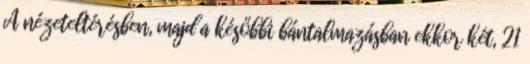
A nézeteltérésben, majd a későbbi bántalmazásban ekkor két, 21